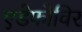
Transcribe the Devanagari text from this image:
एडेफोविर